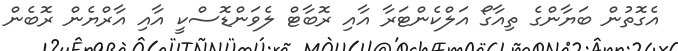
އެގޮތުން ބަޔާންގެ ތިއާގޯ އަލްކެންޓަރާ އާއި ރޮބާޓް ލެވަންޑޮސްކީ އާއި އާރްޔެން ރޮބެން